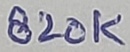
Text: 820K